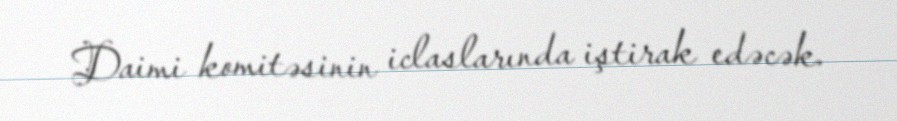
Daimi komitəsinin iclaslarında iştirak edəcək.